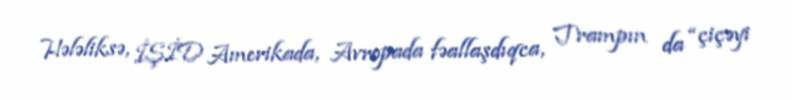
Hələliksə, İŞİD Amerikada, Avropada fəallaşdıqca, Trampın da “çiçəyi